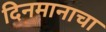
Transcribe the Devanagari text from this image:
दिनमानाचा